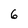
Character: 6